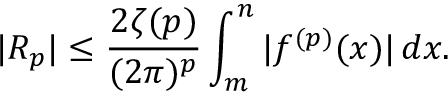
| R _ { p } | \leq { \frac { 2 \zeta ( p ) } { ( 2 \pi ) ^ { p } } } \int _ { m } ^ { n } | f ^ { ( p ) } ( x ) | \, d x .